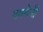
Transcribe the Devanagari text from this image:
यवगेनी